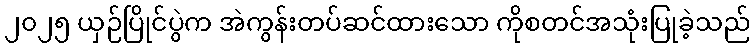
၂၀၂၅ ယှဉ်ပြိုင်ပွဲက အဲကွန်းတပ်ဆင်ထားသော ကိုစတင်အသုံးပြုခဲ့သည်